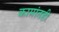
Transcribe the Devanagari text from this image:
कामांतही